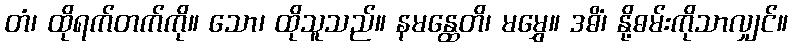
တံ၊ ထိုရက်တက်ကို။ သော၊ ထိုသူသည်။ နမန္ထေတိ၊ မမွှေ။ ဒဓိံ၊ နို့ဓမ်းကိုသာလျှင်။